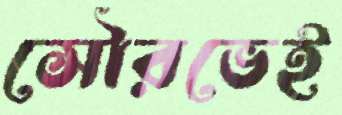
সৌরভেই